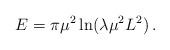
LaTeX: \begin{align*}E=\pi \mu ^{2}\ln (\lambda\mu^2L^2)\,.\end{align*}